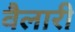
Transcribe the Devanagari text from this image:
वैलारी